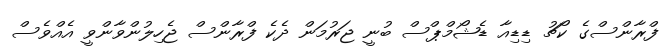
ފްރާންސްގެ ކޯޗު ޑިޑިއާ ޑެޝޯމްޕްސް ބުނީ ޖަރުމަން ދެކެ ފްރާންސް ޖެހިލުންވާންވީ އެއްވެސް